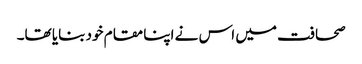
صحافت میں اس نے اپنا مقام خود بنایا تھا۔